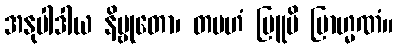
အနုပါဒါယ နိဗ္ဗုတော၊ တမဟံ ဗြူမိ ဗြာဟ္မဏံ။